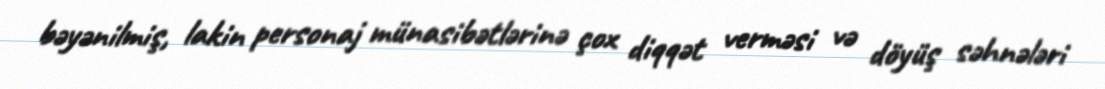
bəyənilmiş, lakin personaj münasibətlərinə çox diqqət verməsi və döyüş səhnələri